Code of medical and sanitary regulations for the guidance of medical officers serving in the Madras Presidency - Volume I
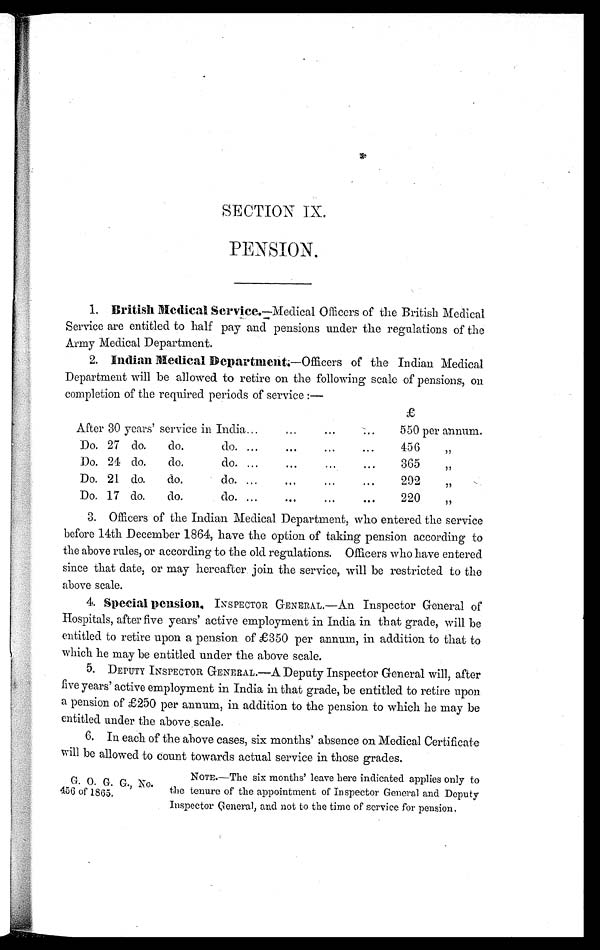
SECTION IX.
PENSION.
1. British Medical Service.—Medical Officers of the British Medical
Service are entitled to half pay and pensions under the regulations of the
Army Medical Department.
2. Indian Medical Department. — O f f i c e r s o f t h e I n d i a n M e d i c a l
Department will be allowed to retire on the following scale of pensions, on
completion of the required periods of service :—
£
After 30 years' service in India ...
... ...
. . .
550 per annum.
Do. 27 do.
do.
do. ...
...
...
. . .
456
"
Do. 24 do.
d o .
do. ...
. . . ...
. . .
365
,,
Do. 21 do.
do.
do. ...
. . .
. . .
. . .
292
"
Do. 17 do.
do.
do. ...
. . .
. . .
...
220
"
3. Officers of the Indian Medical Department, who entered the service
before 14th December 1864, have the option of taking pension according to
the above rules, or according to the old regulations. Officers who have entered
since that date, or may hereafter join the service, will be restricted to the
above scale.
4. Special pension. INSPECTOR GENERAL.—An Inspector General of
Hospitals, after five years' active employment in India in that grade, will be
entitled to retire upon a pension of £350 per annum, in addition to that to
which he may be entitled under the above scale.
5. DEPUTY INSPECTOR GENERAL.— A Deputy Inspector General will, after
five years' active employment in India in that grade, be entitled to retire upon
a pension of £250 per annum, in addition to the pension to which he may be
entitled under the above scale.
6. In each of the above cases, six months' absence on Medical Certificate
will be allowed to count towards actual service in those grades.
G. O. G. G., No.
456 of 1865.
NOTE.—The six months' leave here indicated applies only to
the tenure of the appointment of Inspector General and Deputy
Inspector General, and not to the time of service for pension.